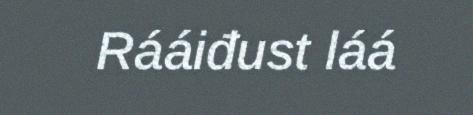
Rááiđust láá